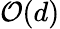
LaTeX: {\mathcal{O}}(d)